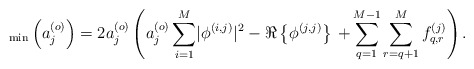
\begin{align*} _{\rm min}\left(a_j^{\left(o\right)}\right)=2 a_j^{\left(o\right)}\left(a_j^{\left(o\right)}\sum_{i=1}^{M} \lvert\phi^{\left(i,j\right)}\rvert^2-\Re\left\{\phi^{\left(j,j\right)}\right\}\right.\left.+\sum_{q=1}^{M-1}\sum_{r=q+1}^{M}f_{q,r}^{\left(j\right)}\right).\end{align*}